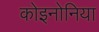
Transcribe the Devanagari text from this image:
कोइनोनिया